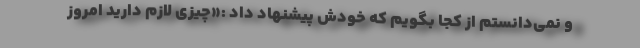
و نمی‌دانستم از کجا بگویم که خودش پیشنهاد داد :«چیزی لازم دارید امروز